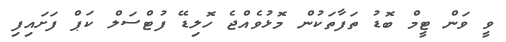
ވީ ވަން ޓީމް ބޮޑު ތަފާތަކުން މޮޅުވެއްޖެ ހޮލިޑޭ ފުޓްސަލް ކަޕް ފަށައިފި